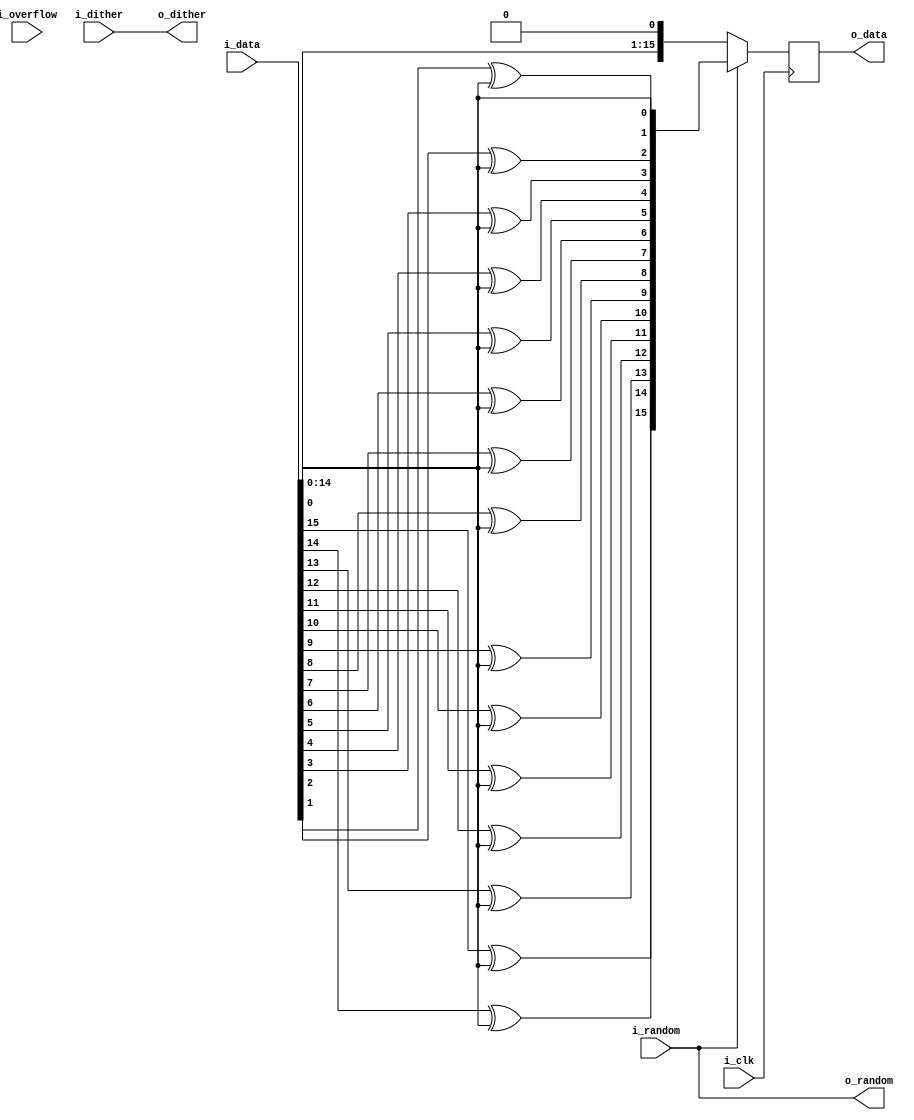
`timescale 1ns / 1ps
`default_nettype none
//////////////////////////////////////////////////////////////////////////////////
// Company: 
// 
// Design Name: 
// Module Name: adc_handler
// Project Name: 
// Target Devices: 
// Tool Versions: 
// Description: Takes data from LTC2216 and unscrambles (if needed) and outputs in 
//              whatever form it comes from the ADC in
// 
// Dependencies: 
// 
// Revision:
// Revision 0.01 - File Created
// Additional Comments:
// 
//////////////////////////////////////////////////////////////////////////////////


module adc_handler(
        input wire i_clk,
        input wire signed [15:0] i_data,
        input wire i_overflow,
        input wire i_random,    // These are passed through but are needed to allow 
                                // correct decode of the data                            
        input wire i_dither,
        output reg signed [15:0] o_data,
        output wire o_random,
        output wire o_dither
);

    assign o_random = i_random;
    assign o_dither = i_dither;


always @(negedge i_clk) begin
    o_data <= (i_random ? {
            i_data[15] ^ i_data[0],
            i_data[14] ^ i_data[0],
            i_data[13] ^ i_data[0],
            i_data[12] ^ i_data[0],
            i_data[11] ^ i_data[0],
            i_data[10] ^ i_data[0],
            i_data[9] ^ i_data[0],
            i_data[8] ^ i_data[0],
            i_data[7] ^ i_data[0],
            i_data[6] ^ i_data[0],
            i_data[5] ^ i_data[0],
            i_data[4] ^ i_data[0],
            i_data[3] ^ i_data[0],
            i_data[2] ^ i_data[0],
            i_data[1] ^ i_data[0],
            i_data[0]
        } :(i_data <<< 1));
end
endmodule